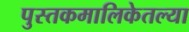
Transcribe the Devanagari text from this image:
पुस्तकमालिकेतल्या